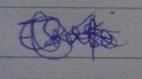
Signature authenticity: genuine